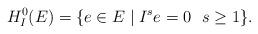
LaTeX: \begin{align*} H^0_I(E) = \{ e \in E \mid I^s e = 0 \ \ s \geq 1 \}.\end{align*}